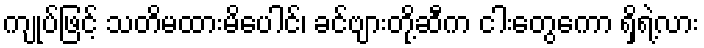
ကျုပ်ဖြင့် သတိမထားမိပေါင်၊ ခင်ဗျားတို့ဆီက ငါးတွေကော ရှိရဲ့လား